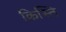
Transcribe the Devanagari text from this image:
क्रिस्ति